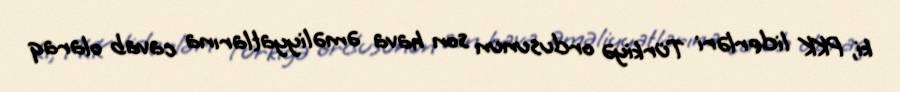
ki, PKK liderləri Türkiyə ordusunun son hava əməliyyatlarına cavab olaraq